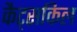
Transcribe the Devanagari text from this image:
कैट्सकिल